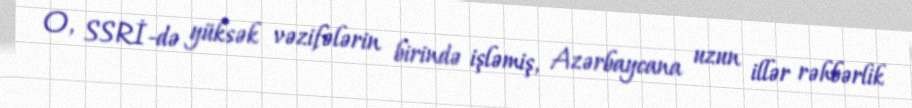
O, SSRİ-də yüksək vəzifələrin birində işləmiş, Azərbaycana uzun illər rəhbərlik